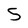
Character: S